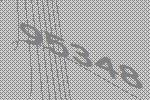
95348